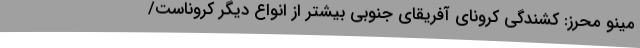
مینو محرز: کُشندگی کرونای آفریقای جنوبی بیشتر از انواع دیگر کروناست/